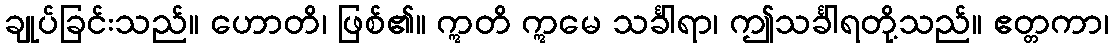
ချုပ်ခြင်းသည်။ ဟောတိ၊ ဖြစ်၏။ ဣတိ ဣမေ သင်္ခါရာ၊ ဤသင်္ခါရတို့သည်။ ဧတ္တကာ၊